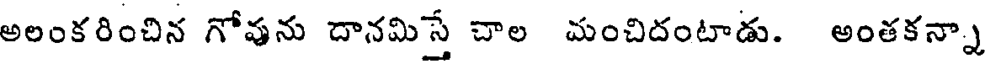
అలంకరించిన గోవును దానమిస్తే చాల మంచిదంటాడు. అంతకన్నా